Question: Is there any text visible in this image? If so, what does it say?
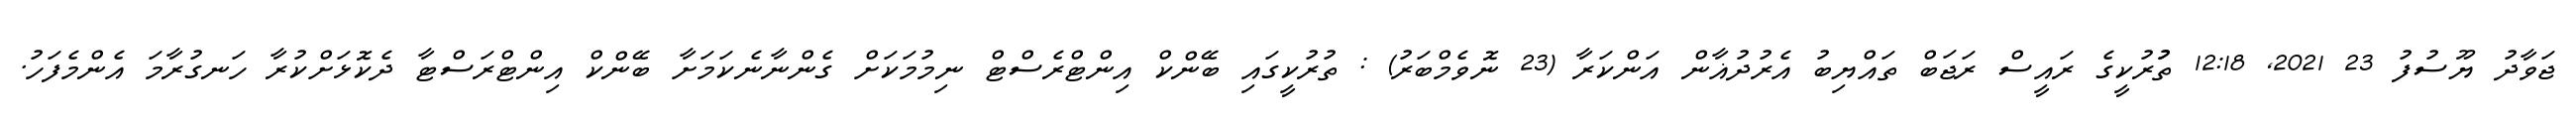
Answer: ޖަވާދު ޔޫސުފު 23 2021, 12:18 ތުުރުކީގެ ރައީސް ރަޖަބް ތައްޔިބު އެރުދުޣާން އަންކަރާ (23 ނޮވެމްބަރު) : ތުރުކީގައި ބޭންކް އިންޓްރެސްޓް ނިމުމަކަށް ގެންނާނެކަމަށާ ބޭންކް އިންޓްރަސްޓާ ދެކޮޅަށްކުރާ ހަނގުރާމަ އެންމެފަހު.